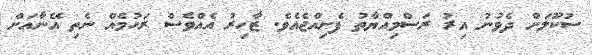
ސުކޫލަށް ދެވުނު އިރު ރަސްމިއްޔާތު ފެށިއްޖެއެވެ. ޒާހިރު އެއްވެސް ރަހުމެއް ނެތި އޭނާއަށް